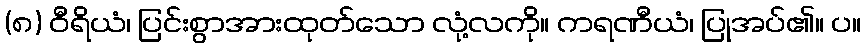
(၈) ဝီရိယံ၊ ပြင်းစွာအားထုတ်သော လုံ့လကို။ ကရဏီယံ၊ ပြုအပ်၏။ ပ။